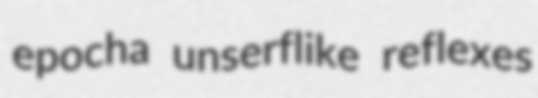
epocha unserflike reflexes